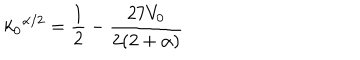
LaTeX: { k _ { 0 } } ^ { \alpha / 2 } = \frac { 1 } { 2 } - \frac { 2 7 V _ { 0 } } { 2 ( 2 + \alpha ) }